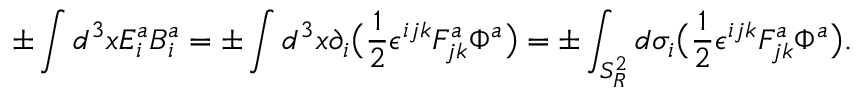
\pm \int d ^ { 3 } x E _ { i } ^ { a } B _ { i } ^ { a } = \pm \int d ^ { 3 } x \partial _ { i } \big ( { \frac { 1 } { 2 } } \epsilon ^ { i j k } F _ { j k } ^ { a } \Phi ^ { a } \big ) = \pm \int _ { S _ { R } ^ { 2 } } d \sigma _ { i } \big ( { \frac { 1 } { 2 } } \epsilon ^ { i j k } F _ { j k } ^ { a } \Phi ^ { a } \big ) .